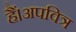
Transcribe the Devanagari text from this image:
हैं।अपवित्र